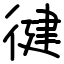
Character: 徤